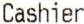
CASHIER